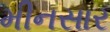
મીનસાર